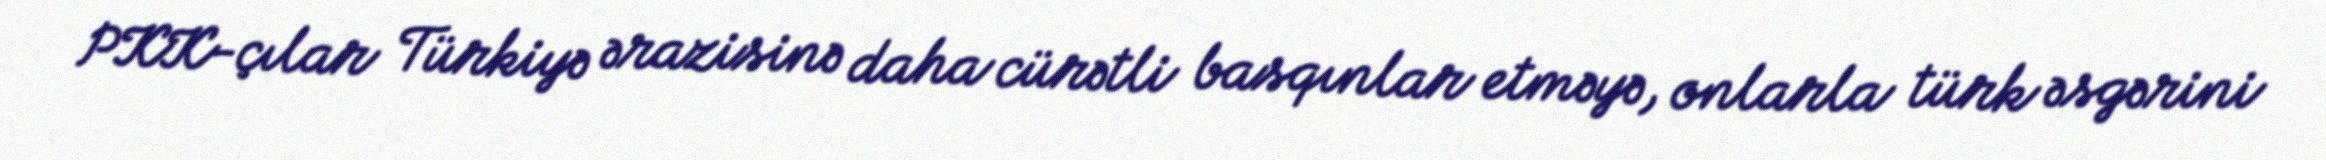
PKK-çılar Türkiyə ərazisinə daha cürətli basqınlar etməyə, onlarla türk əsgərini